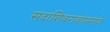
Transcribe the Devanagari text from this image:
सदाशिवरावांप्रमाणेे